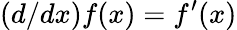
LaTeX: (d/dx)f(x)=f^{\prime}(x)